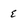
Character: e